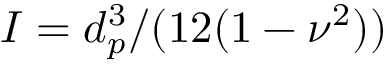
I = d _ { p } ^ { 3 } / ( 1 2 ( 1 - \nu ^ { 2 } ) )